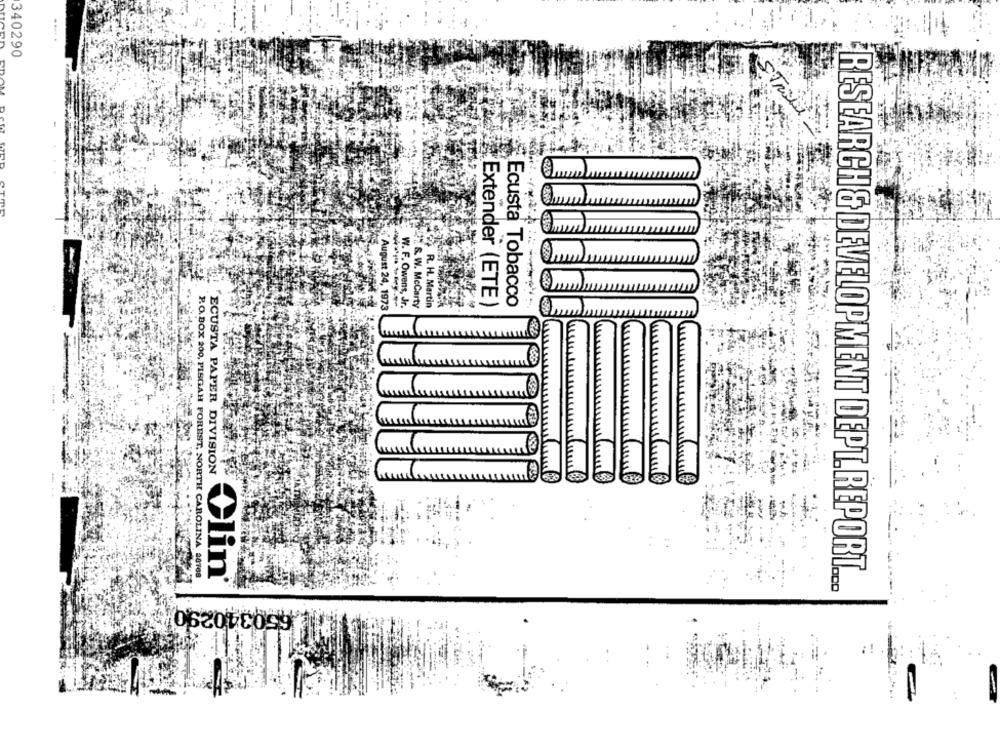
340290
Tri
Ecusta Tobacco
August 24, 1973
W. F. Owens, Jr.
LIT &. W. McCarty
R. H. Martin
Extender (ETE)
E
ECUSTA PAPER DIVISION
P.O.BOX 200, PISGAH FOREST, NORTH CAROLINA #8768
Clin®
RESEARCH & DEVELOPMENT DEPT.REPORT.
650340290